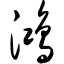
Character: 鸿